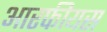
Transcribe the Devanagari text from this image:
आरफीयस